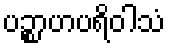
ပဉ္စာဟပရိဝါသံ